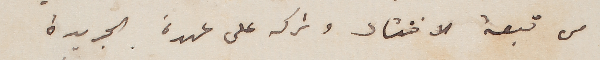
من تبعة الانتقاد وتركه على عهدة الجريدة